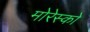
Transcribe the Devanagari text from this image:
मोरेस्को